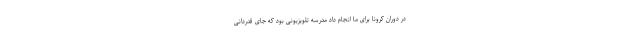
در دوران کرونا برای ما انجام داد مدرسه تلویزیونی بود که جای قدردانی